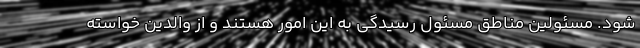
شود. مسئولین مناطق مسئول رسیدگی به این امور هستند و از والدین خواسته